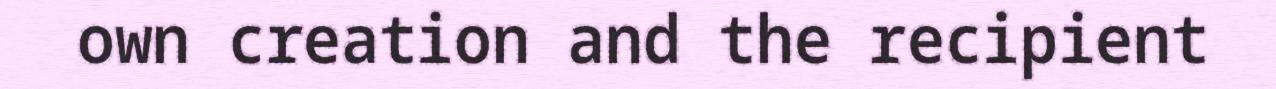
own creation and the recipient